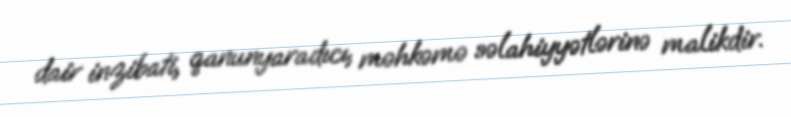
dair inzibati, qanunyaradıcı, məhkəmə səlahiyyətlərinə malikdir.